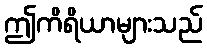
ဤကိရိယာများသည်